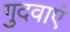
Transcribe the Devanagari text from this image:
गुदवाएं